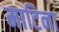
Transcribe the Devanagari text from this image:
माटिना